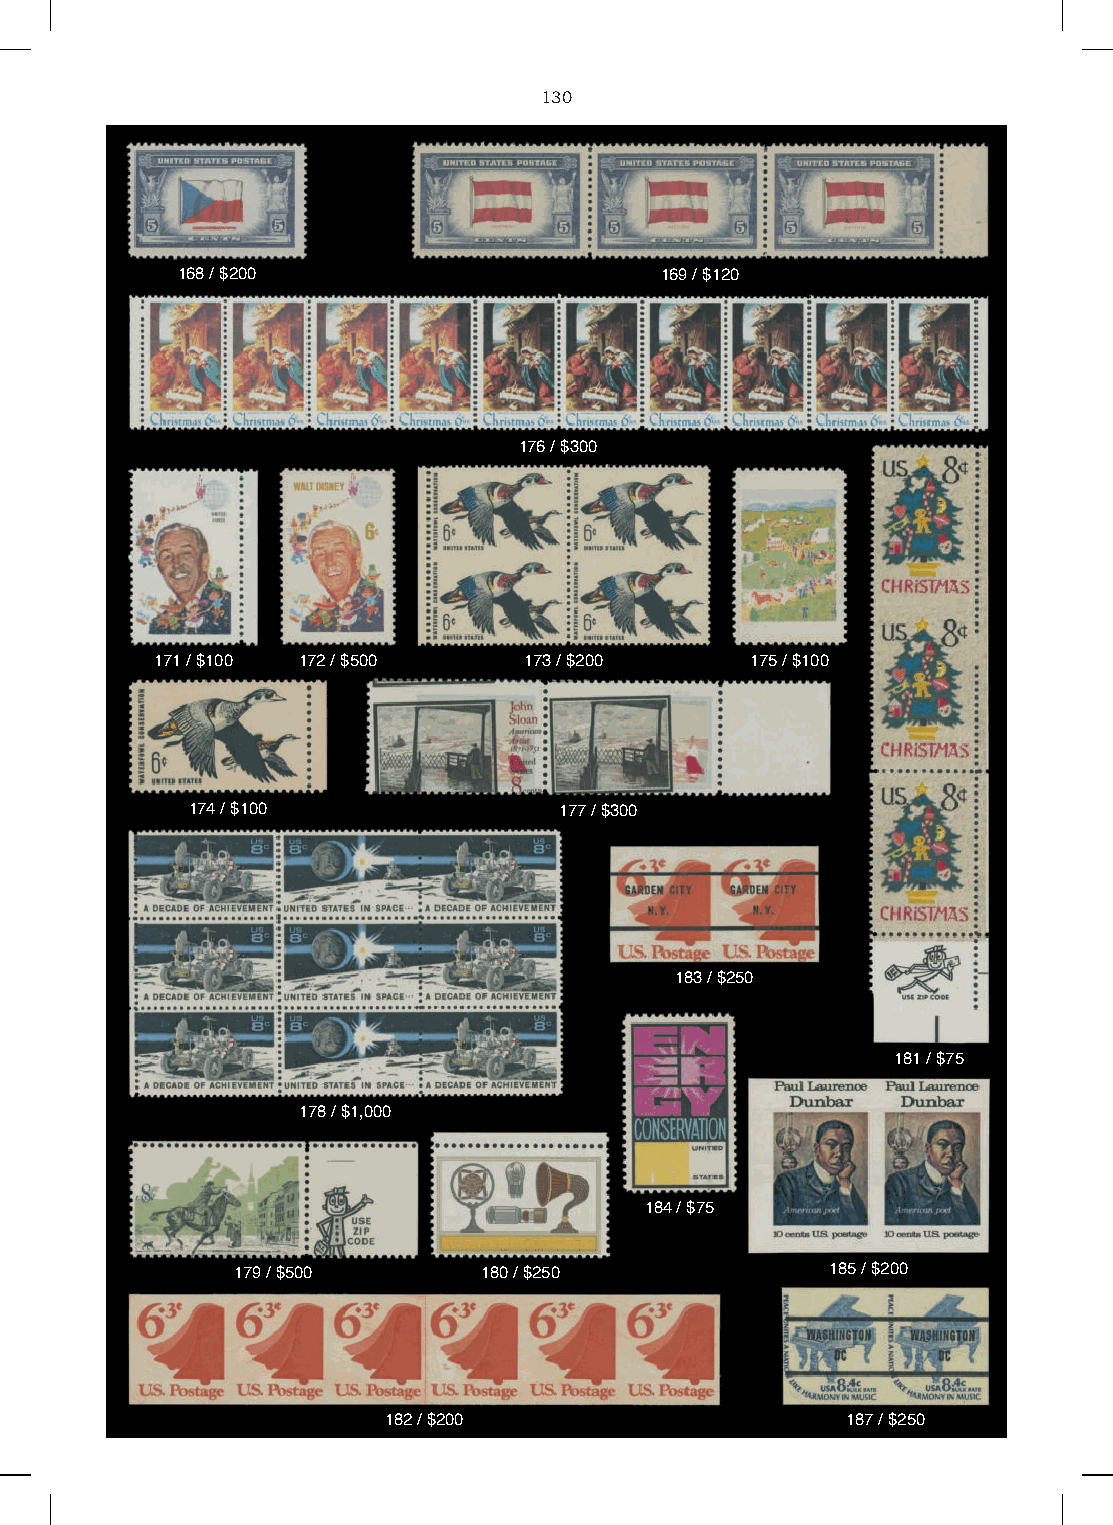
130
 168 / $200                      169 / $120
 176 / $300
 171 / $100 172 / $500    173 / $200     175 / $100
 174 / $100               177 / $300
 183 / $250
 181 / $75
 178 / $1,000
 184 / $75
 179 / $500       180 / $250             185 / $200
 182 / $200                     187 / $250